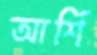
আর্শি